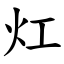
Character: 灴